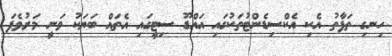
ހިނގި ތަފާތު އެކި އެކްސިޑެންޓުތަކުގައި އައްޑޫ ސިޓީގައި އެތައް ބަޔަކު ވަނީ މަރުވެފަ